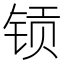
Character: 𮸉